Plague in India, 1896, 1897 - Volume 1
Year: 1896
Disease focus: Plague
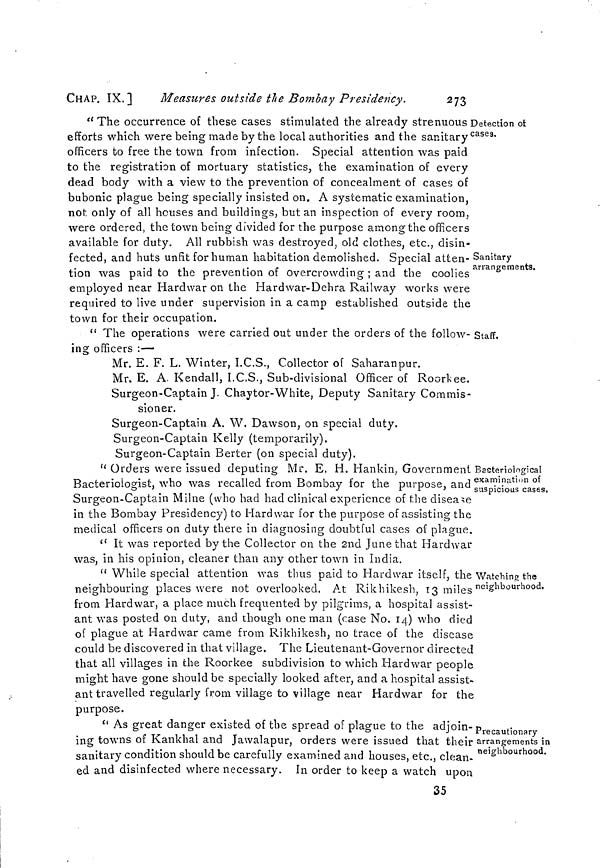
CHAP. IX.]
Measures outside the Bombay Presidency.
273
Detection of
cases.
Sanitary
arrangements.
" The occurrence of these cases stimulated the already strenuous :
efforts which were being made by the local authorities and the sanitary
officers to free the town from infection. Special attention was paid
to the registration of mortuary statistics, the examination of every
dead body with a view to the prevention of concealment of cases of
bubonic plague being specially insisted on. A systematic examination,
not only of all houses and buildings, but an inspection of every room,
were ordered, the town being divided for the purpose among the officers
available for duty. All rubbish was destroyed, old clothes, etc., disin-
fected, and huts unfit for human habitation demolished. Special atten-
tion was paid to the prevention of overcrowding ; and the coolies
employed near Hard war on the Hardwar-Dehra Railway works were
required to live under supervision in a camp established outside the
town for their occupation.
Staff.
" The operations were carried out under the orders of the follow-
ing officers :—
Mr. E. F. L. Winter, I.C.S., Collector of Saharanpur.
Mr. E. A. Kendall, I.C.S., Sub-divisional Officer of Roorkee.
Surgeon-Captain J. Chaytor-White, Deputy Sanitary Commis-
sioner.
Surgeon-Captain A. W. Dawson, on special duty.
Surgeon-Captain Kelly (temporarily).
Surgeon-Captain Berter (on special duty).
Bacteriological
examination of
suspicious cases.
" Orders were issued deputing Mr. E. H. Hankin, Government
Bacteriologist, who was recalled from Bombay for the purpose, and
Surgeon-Captain Milne (who had had clinical experience of the disease
in the Bombay Presidency) to Hardwar for the purpose of assisting the
medical officers on duty there in diagnosing doubtful cases of plague.
" It was reported by the Collector on the 2nd June that Hardwar
was, in his opinion, cleaner than any other town in India.
Watching the
neighbourhood.
" While special attention was thus paid to Hardwar itself, the
neighbouring places were not overlooked. At Rikhikesh, 13 miles
from Hardwar, a place much frequented by pilgrims, a hospital assist-
ant was posted on duty, and though one man (case No. 14) who died
of plague at Hardwar came from Rikhikesh, no trace of the disease
could be discovered in that village. The Lieutenant-Governor directed
that all villages in the Roorkee subdivision to which Hardwar people
might have gone should be specially looked after, and a hospital assist-
ant travelled regularly from village to village near Hardwar for the
purpose.
Precautionary
arrangements in
neighbourhood.
" As great danger existed of the spread of plague to the adjoin-
ing towns of Kankhal and Jawalapur, orders were issued that their
sanitary condition should be carefully examined and houses, etc., clean-
ed and disinfected where necessary. In order to keep a watch upon
35